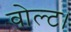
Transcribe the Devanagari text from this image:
वोल्ट।